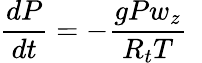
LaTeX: \frac{d{P}}{dt}=-\frac{g{P}w_{z}}{R_{t}{{T}}}~~